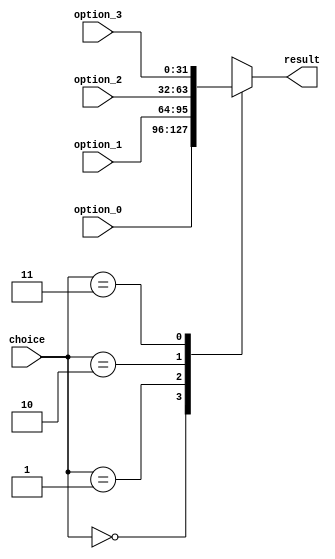
module Mux_4_to_1 #(parameter WIDTH = 32) (
           input [WIDTH - 1: 0] option_0,
           input [WIDTH - 1: 0] option_1,
           input [WIDTH - 1: 0] option_2,
           input [WIDTH - 1: 0] option_3,
           input [ 1: 0] choice ,
           output reg [WIDTH - 1: 0] result
       );

always @( * )

case (choice)
    2'b00: result = option_0;
    2'b01: result = option_1;
    2'b10: result = option_2;
    2'b11: result = option_3;
endcase

endmodule